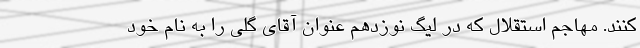
کنند. مهاجم استقلال که در لیگ نوزدهم عنوان آقای گلی را به نام خود